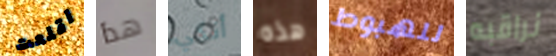
اقلعت هذا أنكي هذه للهبوط نراقبه